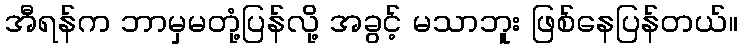
အီရန်က ဘာမှမတုံ့ပြန်လို့ အခွင့် မသာဘူး ဖြစ်နေပြန်တယ်။